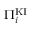
\Pi _ { i } ^ { \mathrm { K I } }